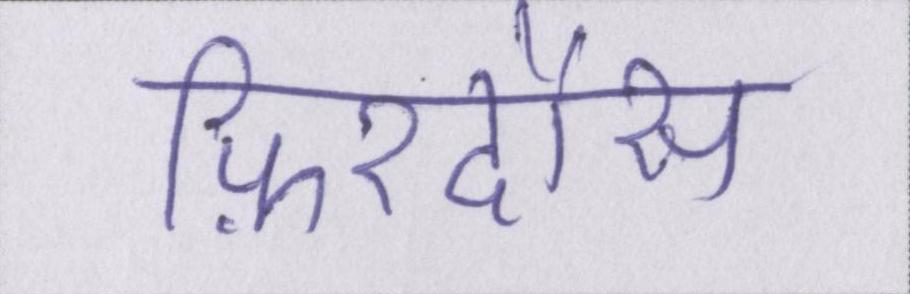
फ़िरदौस